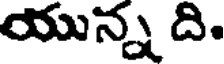
యున్న ది.